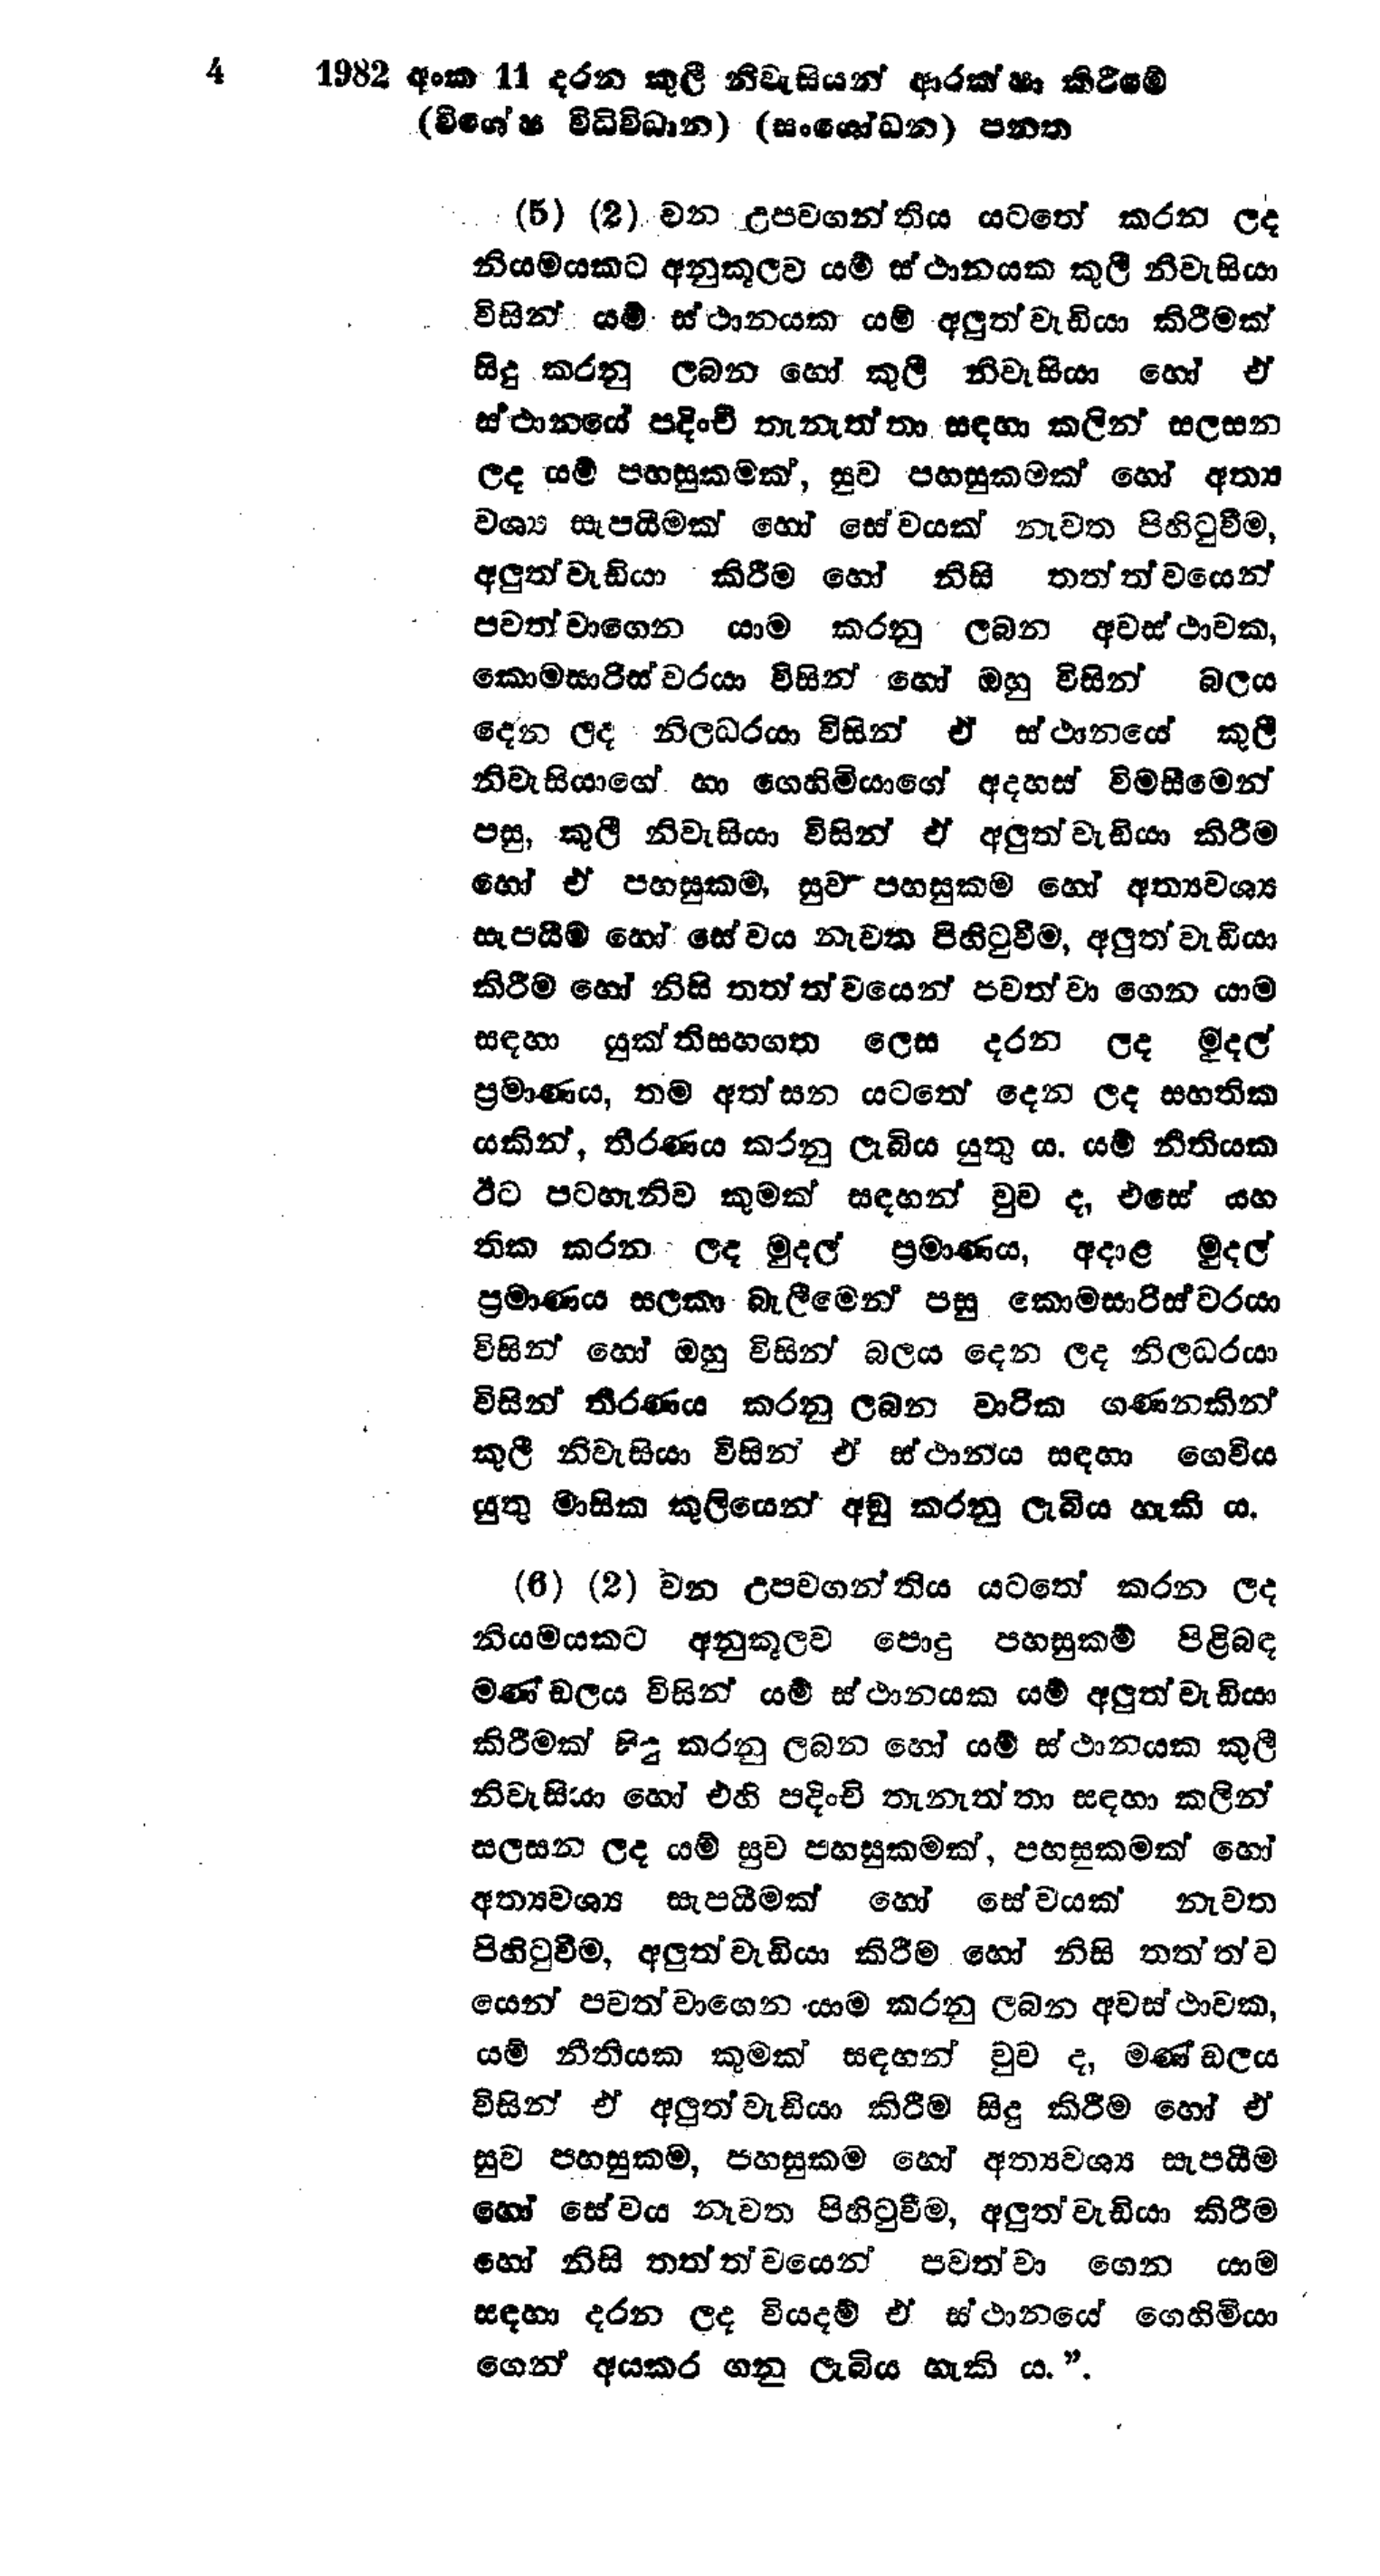
4  1982 අංක 11 දරන කුලී නිවැසියන් ආරක්ෂා කිරීමේ
(විශේෂ විධිවිධාන) (සංශෝධන) පනත

(5) (2) වන උපවගන්තිය යටතේ කරන ලද
නියමයකට අනුකූලව යම් ස්ථානයක කුලී නිවැසියා
විසින් යම් ස්ථානයක යම් අලුත් වැඩියා කිරීමක්
සිදු කරනු ලබන හෝ කුලී නිවැසියා හෝ ඒ
ස්ථානයේ පදිංචි තැනැත්තා සඳහා කලින් සලසන
ලද යම් පහසුකමක්, සුව පහසුකමක් හෝ අත්‍ය
වශ්‍ය සැපයීමක් හෝ සේවයක් නැවත පිහිටුවීම,
අලුත් වැඩියා කිරීම හෝ නිසි තත්ත්වයෙන්
පවත්වාගෙන යාම කරනු ලබන අවස්ථාවක,
කොමසාරිස්වරයා විසින් හෝ ඔහු විසින් බලය
දෙන ලද නිලධරයා විසින් ඒ ස්ථානයේ කුලී
නිවැසියාගේ හා ගෙහිමියාගේ අදහස් විමසීමෙන්
පසු, කුලී නිවැසියා විසින් ඒ අලුත් වැඩියා කිරිම
හෝ ඒ පහසුකම, සුව පහසුකම හෝ අත්‍යවශ්‍ය
සැපයීම හෝ සේවය නැවත පිහිටුවීම, අලුත් වැඩියා
කිරීම හෝ නිසි තත්ත්වයෙන් පවත්වා ගෙන යාම
සඳහා යුක්ති සහගත ලෙස දරන ලද මුදල්
ප්‍රමාණය, තම අත්සන යටතේ දෙන ලද සහතික
යකින්, තීරණය කරනු ලැබිය යුතුය. යම් නීතියක
ඊට පටහැනිව කුමක් සඳහන් වුව ද, එසේ සහ
තික කරන ලද මුදල් ප්‍රමාණය, අදාළ මුදල්
ප්‍රමාණය සලකා බැලීමෙන් පසු කොමසාරිස්වරයා
විසින් හෝ ඔහු විසින් බලය දෙන ලද නිලධරයා
විසින් තීරණය කරනු ලබන වාරික ගණනකින්
කුලී නිවැසියා විසින් ඒ ස්ථානය සඳහා ගෙවීය
යුතු මාසික කුලියෙන් අඩු කරනු ලැබිය හැකි ය.

(6) (2) වන උපවගන්තිය යටතේ කරන ලද
නියමයකට අනුකූලව පොදු පහසුකම් පිළිබඳ
මණ්ඩලය විසින් යම් ස්ථානයක යම් අලුත් වැඩියා
කිරීමක් සිදු කරනු ලබන හෝ යම් ස්ථානයක කුලී
නිවැසියා හෝ එහි පදිංචි තැනැත්තා සඳහා කලින්
සලසන ලද යම් සුව පහසුකමක්, පහසුකමක් හෝ
අත්‍යවශ්‍ය සැපයීමක් හෝ සේවයක් නැවත
පිහිටුවීම, අලුත් වැඩියා කිරීම හෝ නිසි තත්ත්ව
යෙන් පවත්වාගෙන යාම කරනු ලබන අවස්ථාවක,
යම් නීතියක කුමක් සඳහන් වුව ද, මණ්ඩලය
විසින් ඒ අලුත් වැඩියා කිරීම සිදු කිරීම හෝ ඒ
සුව පහසුකම, පහසුකම හෝ අත්‍යවශ්‍ය සැපයීම
හෝ සේවය නැවත පිහිටුවීම, අලුත් වැඩියා කිරීම
හෝ නිසි තත්ත්වයෙන් පවත්වා ගෙන යාම
සඳහා දරන ලද වියදම් ඒ ස්ථානයේ ගෙහිමියා
ගෙන් අයකර ගනු ලැබිය හැකි ය. ”